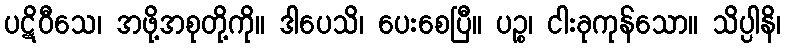
ပဋိဝီသေ၊ အဖို့အစုတို့ကို။ ဒါပေသိ၊ ပေးစေပြီ။ ပဉ္စ၊ ငါးခုကုန်သော။ သိပ္ပါနိ၊